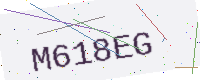
Text: M618EG